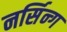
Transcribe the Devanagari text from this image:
नर्सिन्ग